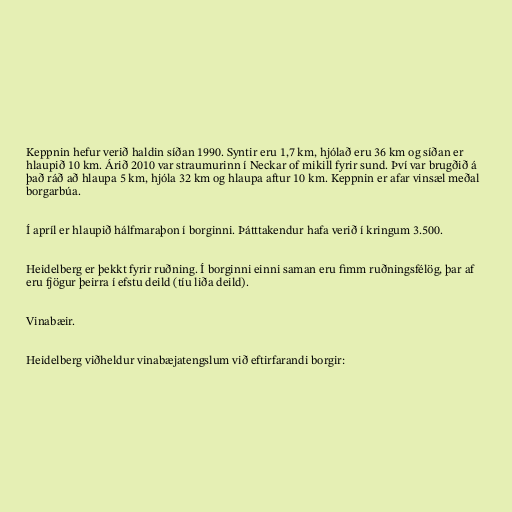
Keppnin hefur verið haldin síðan 1990. Syntir eru 1,7 km, hjólað eru 36 km og síðan er
hlaupið 10 km. Árið 2010 var straumurinn í Neckar of mikill fyrir sund. Því var brugðið á
það ráð að hlaupa 5 km, hjóla 32 km og hlaupa aftur 10 km. Keppnin er afar vinsæl meðal
borgarbúa.

Í apríl er hlaupið hálfmaraþon í borginni. Þátttakendur hafa verið í kringum 3.500.

Heidelberg er þekkt fyrir ruðning. Í borginni einni saman eru fimm ruðningsfélög, þar af
eru fjögur þeirra í efstu deild (tíu liða deild).

Vinabæir.

Heidelberg viðheldur vinabæjatengslum við eftirfarandi borgir: